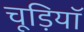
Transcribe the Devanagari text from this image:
चूड़ियॉ